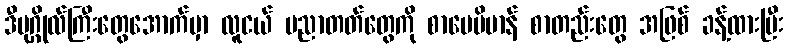
ဒီပုဂ္ဂိုလ်ကြီးတွေအောက်မှာ လူငယ် ပညာတတ်တွေကို စာပေဗိမာန် စာတည်းတွေ အဖြစ် ခန့်ထားပြီး